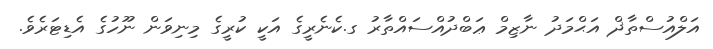
އަަލްއުސްތާޛް އަޙްމަދު ނާޒިމް ޢަބްދުއްސައްތާރު ގ.ކެނެރީގެ އަކީ ކުރީގެ މިނިވަން ނޫހުގެ އެޑިޓަރެވެ.